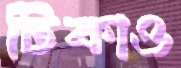
টিকাও